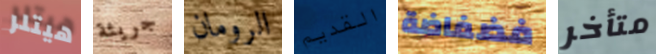
هيتلر جريئة الرومان القديم فضفاضة متأخر